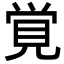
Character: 覚